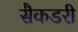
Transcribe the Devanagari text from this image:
सैकडरी